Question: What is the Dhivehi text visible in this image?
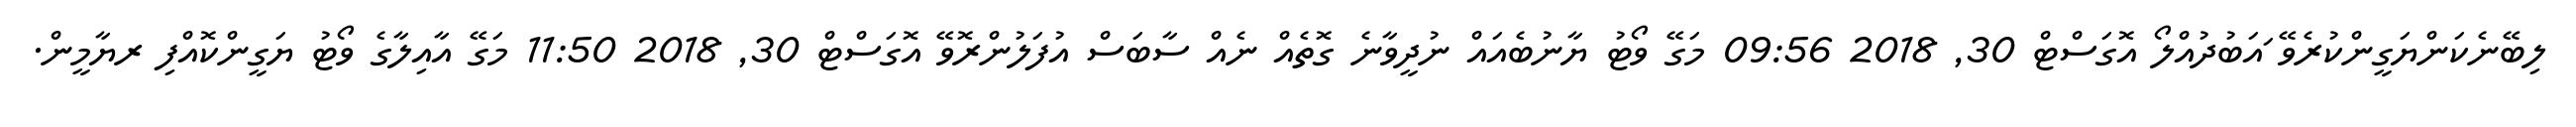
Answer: ލިބޭނެކަންޔަގީންކުރެވޭ ައަބުދުއްލޯ އޮގަސްޓް 30, 2018 09:56 މަގޭ ވޯޓު ޔާނުބެއައް ނުދީވާނެ ގޮތެއް ނެއް ސާބަސް އުފަލުންރޮވޭ އޮގަސްޓް 30, 2018 11:50 މަގޭ އާއިލާގެ ވޯޓު ޔަގީންކޮއްފި ރޔާމީން.